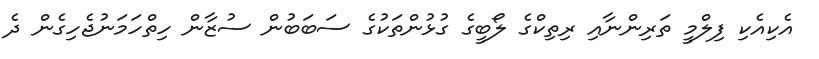
އެކިއެކި ފިލްމީ ތަރިންނާއި ރިތިކްގެ ލޯބީގެ ގުޅުންތަކުގެ ސަބަބުން ސުޒާން ހިތްހަމަނުޖެހިގެން ދެ